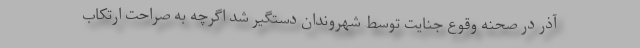
آذر در صحنه وقوع جنایت توسط شهروندان دستگیر شد اگرچه به صراحت ارتکاب